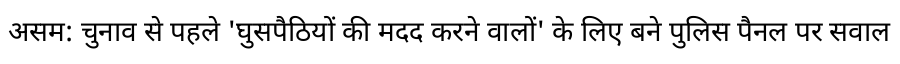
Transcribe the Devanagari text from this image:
असम: चुनाव से पहले 'घुसपैठियों की मदद करने वालों' के लिए बने पुलिस पैनल पर सवाल